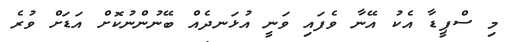
މި ސްޕީޑާ އެކު އޭނާ ވެފައި ވަނީ އުޅަނދެއް ބޭނުންނުކޮށް އަޑަށް ވުރެ